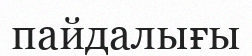
пайдалығы